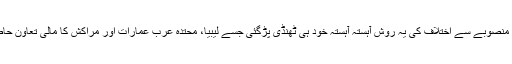
تاہم اس منصوبے سے اختلاف کی یہ روش آہستہ آہستہ خود ہی ٹھنڈی پڑگئی جسے لیبیا، محتدہ عرب عمارات اور مراکش کا مالی تعاون حاصل تھا۔